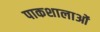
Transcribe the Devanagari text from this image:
पाकशालाओं